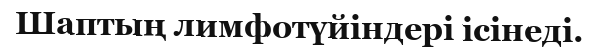
Шаптың лимфотүйіндері ісінеді.